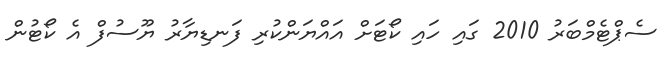
ސެޕްޓެމްބަރު 2010 ގައި ހައި ކޯޓަށް އައްޔަންކުރި ފަނޑިޔާރު ޔޫސުފް އެ ކޯޓުން